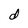
Character: d